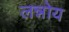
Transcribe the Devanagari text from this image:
लन्नोय